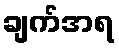
ချက်အရ